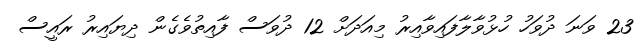
23 ވަނަ ދުވަހު ހުޅުވާލާފައިވާއިރު މިއަދަށް 12 ދުވަސް ފާއިތުވެގެން ދިޔައިރު ރައީސް